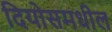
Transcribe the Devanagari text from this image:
दियोसमधील